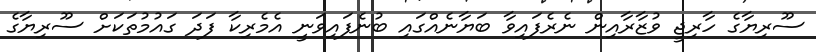
ސޫރިޔާގެ ހާރިޖީ ވުޒާރާއިން ނެރެފައިވާ ބަޔާނެއްގައި ބުނެފައިވަނީ އެމެރިކާ ފަދަ ގައުމުތަކަށް ސޫރިޔާގެ